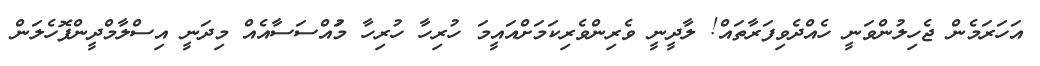
އަހަރަމެން ޖެހިލުންވަނީ ހެއްދެވިފަރާތައް! ލާދީނީ ވެރިންވެރިކަމަށްއައީމަ ހުރިހާ ހުރިހާ މުައްސަސާއެއް މިދަނީ އިސްލާމްދީންފޮހެލަން